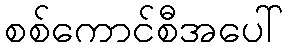
စစ်ကောင်စီအပေါ်